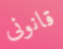
قانونى